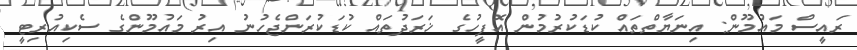
ރައީސް މައުމޫން: އިނަޔާތްތައް ކުޑަކުރުމުން އޮފީހުގެ ޚަރަދުތައް ކުޑަކުރަންޖެހުނު އިރު މައުމޫންގެ ސެކިއުރިޓީ